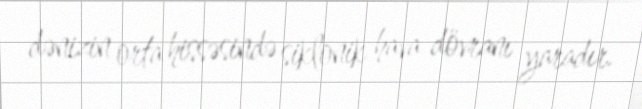
dənizin orta hissəsində siklonik hava dövranı yaradır.